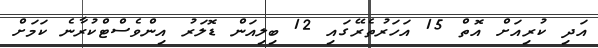
އަދި ކުރިއަށް އޮތް 15 އަހަރުތެރޭގައި 12 ބިލިއަން ޑޮލަރު އިންވެސްޓްކުރާނެ ކަމަަށް